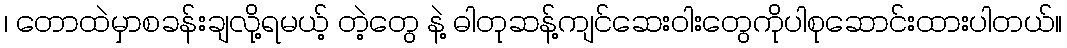
၊ တောထဲမှာစခန်းချလို့ရမယ့် တဲ့တွေ နဲ့ ဓါတုဆန့်ကျင်ဆေးဝါးတွေကိုပါစုဆောင်းထားပါတယ်။